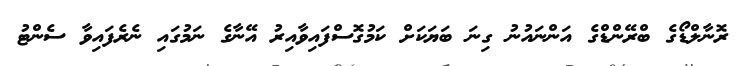
ރޮނާލްޑޯގެ ބްރޭންޑްގެ އަންނައުނު ގިނަ ބަޔަކަށް ކަމުގޮސްފައިވާއިރު އޭނާގެ ނަމުގައި ނެރެފައިވާ ސެންޓު